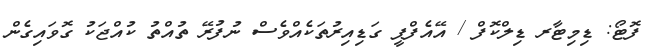
ފޮޓޯ: ޑިމިޓާރ ޑިލްކޮފް / އޭއެފްޕީ ގަޑިއިރުތަކެއްވެސް ނުފުރޭ ތުއްތު ކުއްޖަކު ގޮވައިގެން